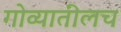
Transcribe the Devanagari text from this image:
गोव्यातीलच